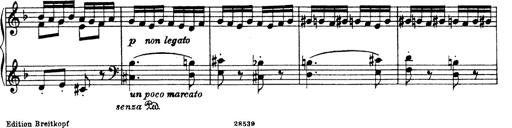
Title: Hungarian Rhapsody No.19
Composer: Franz Liszt
Key: D minor